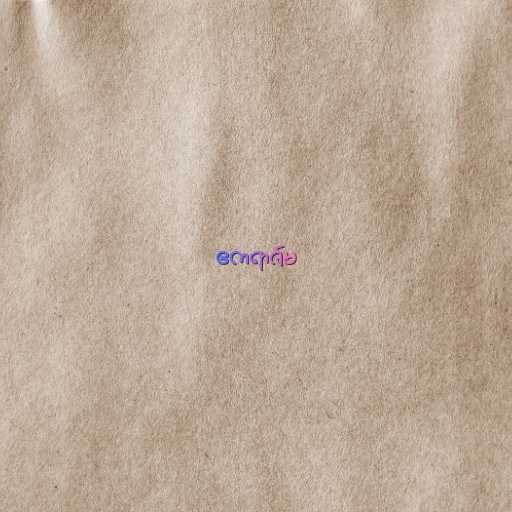
ဧကရာဇ်မ